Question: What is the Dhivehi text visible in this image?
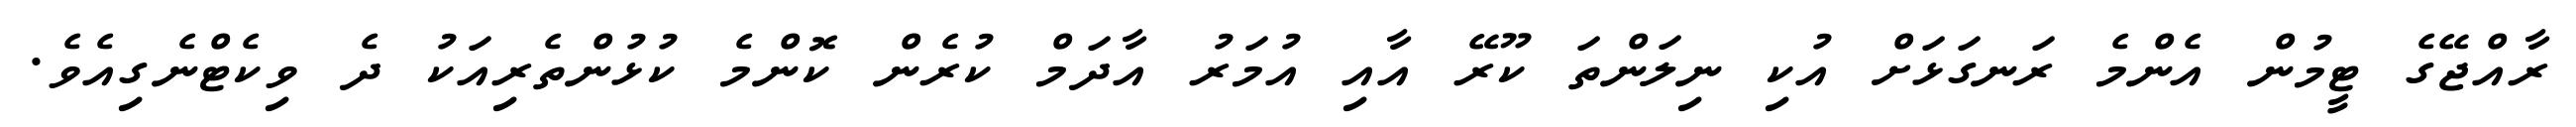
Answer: ރާއްޖޭގެ ޓީމުން އެންމެ ރަނގަޅަށް އުކި ނިލަންތަ ކޫރޭ އާއި އުމަރު އާދަމް ކުރެން ކޮންމެ ކުޅުންތެރިއަކު ދެ ވިކެޓްނެގިއެވެ.